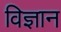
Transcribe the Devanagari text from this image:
विज्ञान